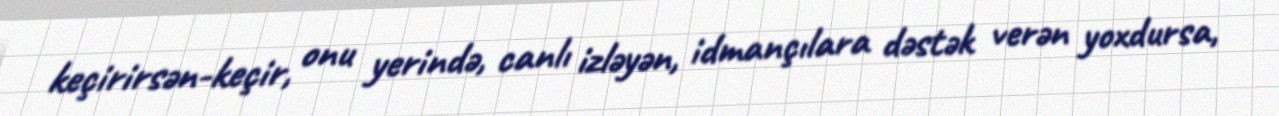
keçirirsən-keçir, onu yerində, canlı izləyən, idmançılara dəstək verən yoxdursa,